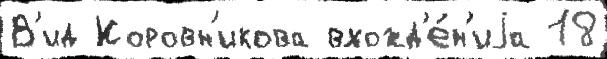
В'ид Коровн'икова вхожд'е́н'иjа 18